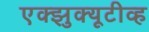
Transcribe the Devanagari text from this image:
एक्झुक्यूटीव्ह